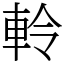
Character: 軨